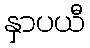
နှာပယီ